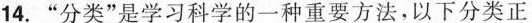
14.”分类”是学习科学的一种重要方法，以下分类正